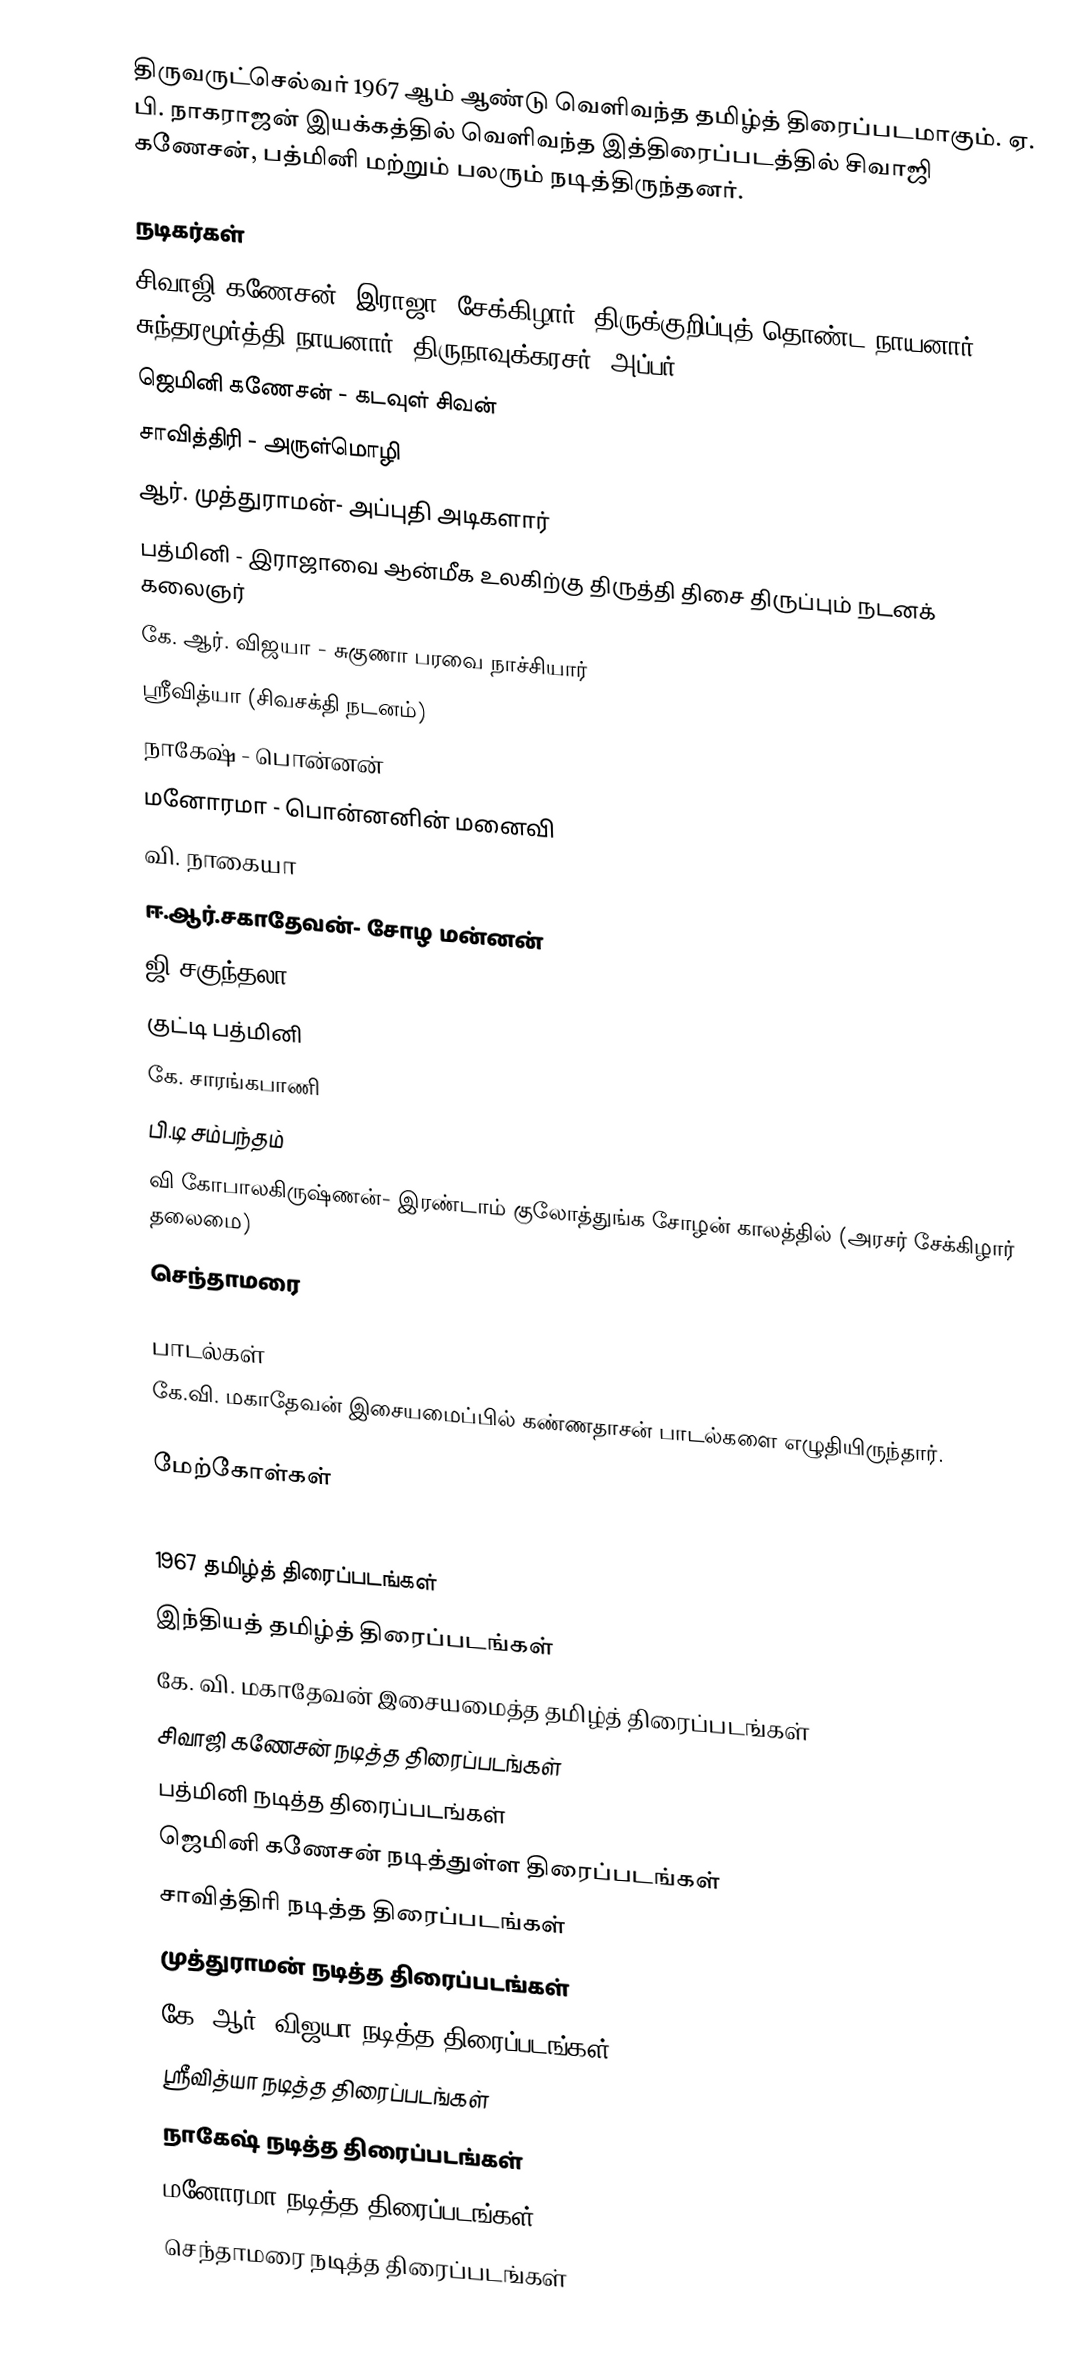
திருவருட்செல்வர் 1967 ஆம் ஆண்டு வெளிவந்த தமிழ்த் திரைப்படமாகும். ஏ. பி. நாகராஜன் இயக்கத்தில் வெளிவந்த இத்திரைப்படத்தில் சிவாஜி கணேசன், பத்மினி மற்றும் பலரும் நடித்திருந்தனர்.

நடிகர்கள்
 சிவாஜி கணேசன்- இராஜா, சேக்கிழார், திருக்குறிப்புத் தொண்ட நாயனார், சுந்தரமூர்த்தி நாயனார்,  திருநாவுக்கரசர் (அப்பர்)
 ஜெமினி கணேசன் - கடவுள் சிவன்
 சாவித்திரி - அருள்மொழி
 ஆர். முத்துராமன்- அப்புதி அடிகளார்
 பத்மினி - இராஜாவை ஆன்மீக உலகிற்கு திருத்தி திசை திருப்பும் நடனக் கலைஞர்
 கே. ஆர். விஜயா - சுகுணா பரவை நாச்சியார்
 ஸ்ரீவித்யா (சிவசக்தி நடனம்)
 நாகேஷ் - பொன்னன்
 மனோரமா - பொன்னனின் மனைவி
 வி. நாகையா
 ஈ.ஆர்.சகாதேவன்- சோழ மன்னன்
 ஜி சகுந்தலா
 குட்டி பத்மினி
 கே. சாரங்கபாணி
 பி.டி சம்பந்தம்
 வி கோபாலகிருஷ்ணன்- இரண்டாம் குலோத்துங்க சோழன் காலத்தில் (அரசர் சேக்கிழார் தலைமை)
 செந்தாமரை

பாடல்கள்
கே.வி. மகாதேவன் இசையமைப்பில் கண்ணதாசன் பாடல்களை எழுதியிருந்தார்.

மேற்கோள்கள்

1967 தமிழ்த் திரைப்படங்கள்
இந்தியத் தமிழ்த் திரைப்படங்கள்
கே. வி. மகாதேவன் இசையமைத்த தமிழ்த் திரைப்படங்கள்
சிவாஜி கணேசன் நடித்த திரைப்படங்கள்
பத்மினி நடித்த திரைப்படங்கள்
ஜெமினி கணேசன் நடித்துள்ள திரைப்படங்கள்
சாவித்திரி நடித்த திரைப்படங்கள்
முத்துராமன் நடித்த திரைப்படங்கள்
கே. ஆர். விஜயா நடித்த திரைப்படங்கள்
ஸ்ரீவித்யா நடித்த திரைப்படங்கள்
நாகேஷ் நடித்த திரைப்படங்கள்
மனோரமா நடித்த திரைப்படங்கள்
செந்தாமரை நடித்த திரைப்படங்கள்